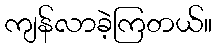
ကျန်လာခဲ့ကြတယ်။